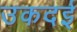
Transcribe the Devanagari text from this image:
उकदई